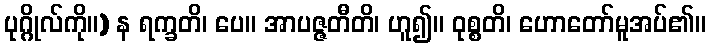
ပုဂ္ဂိုလ်ကို။) န ရက္ခတိ၊ ပေ။ အာပဇ္ဇတီတိ၊ ဟူ၍။ ဝုစ္စတိ၊ ဟောတော်မူအပ်၏။